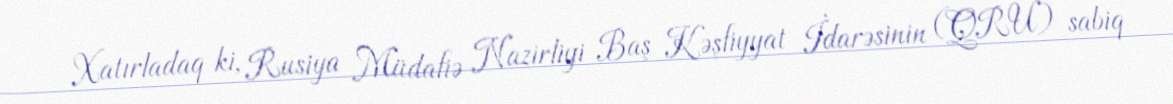
Xatırladaq ki, Rusiya Müdafiə Nazirliyi Baş Kəşfiyyat İdarəsinin (QRU) sabiq